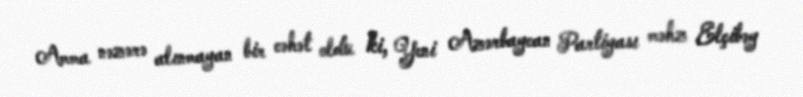
Amma nəzərə alınmayan bir cəhət oldu ki, Yeni Azərbaycan Partiyası məhz Elçibəy